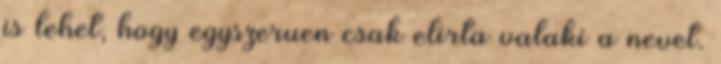
is lehet, hogy egyszeruen csak elirta valaki a nevet.